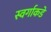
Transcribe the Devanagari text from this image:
स्वर्गाकडे